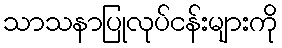
သာသနာပြုလုပ်ငန်းများကို